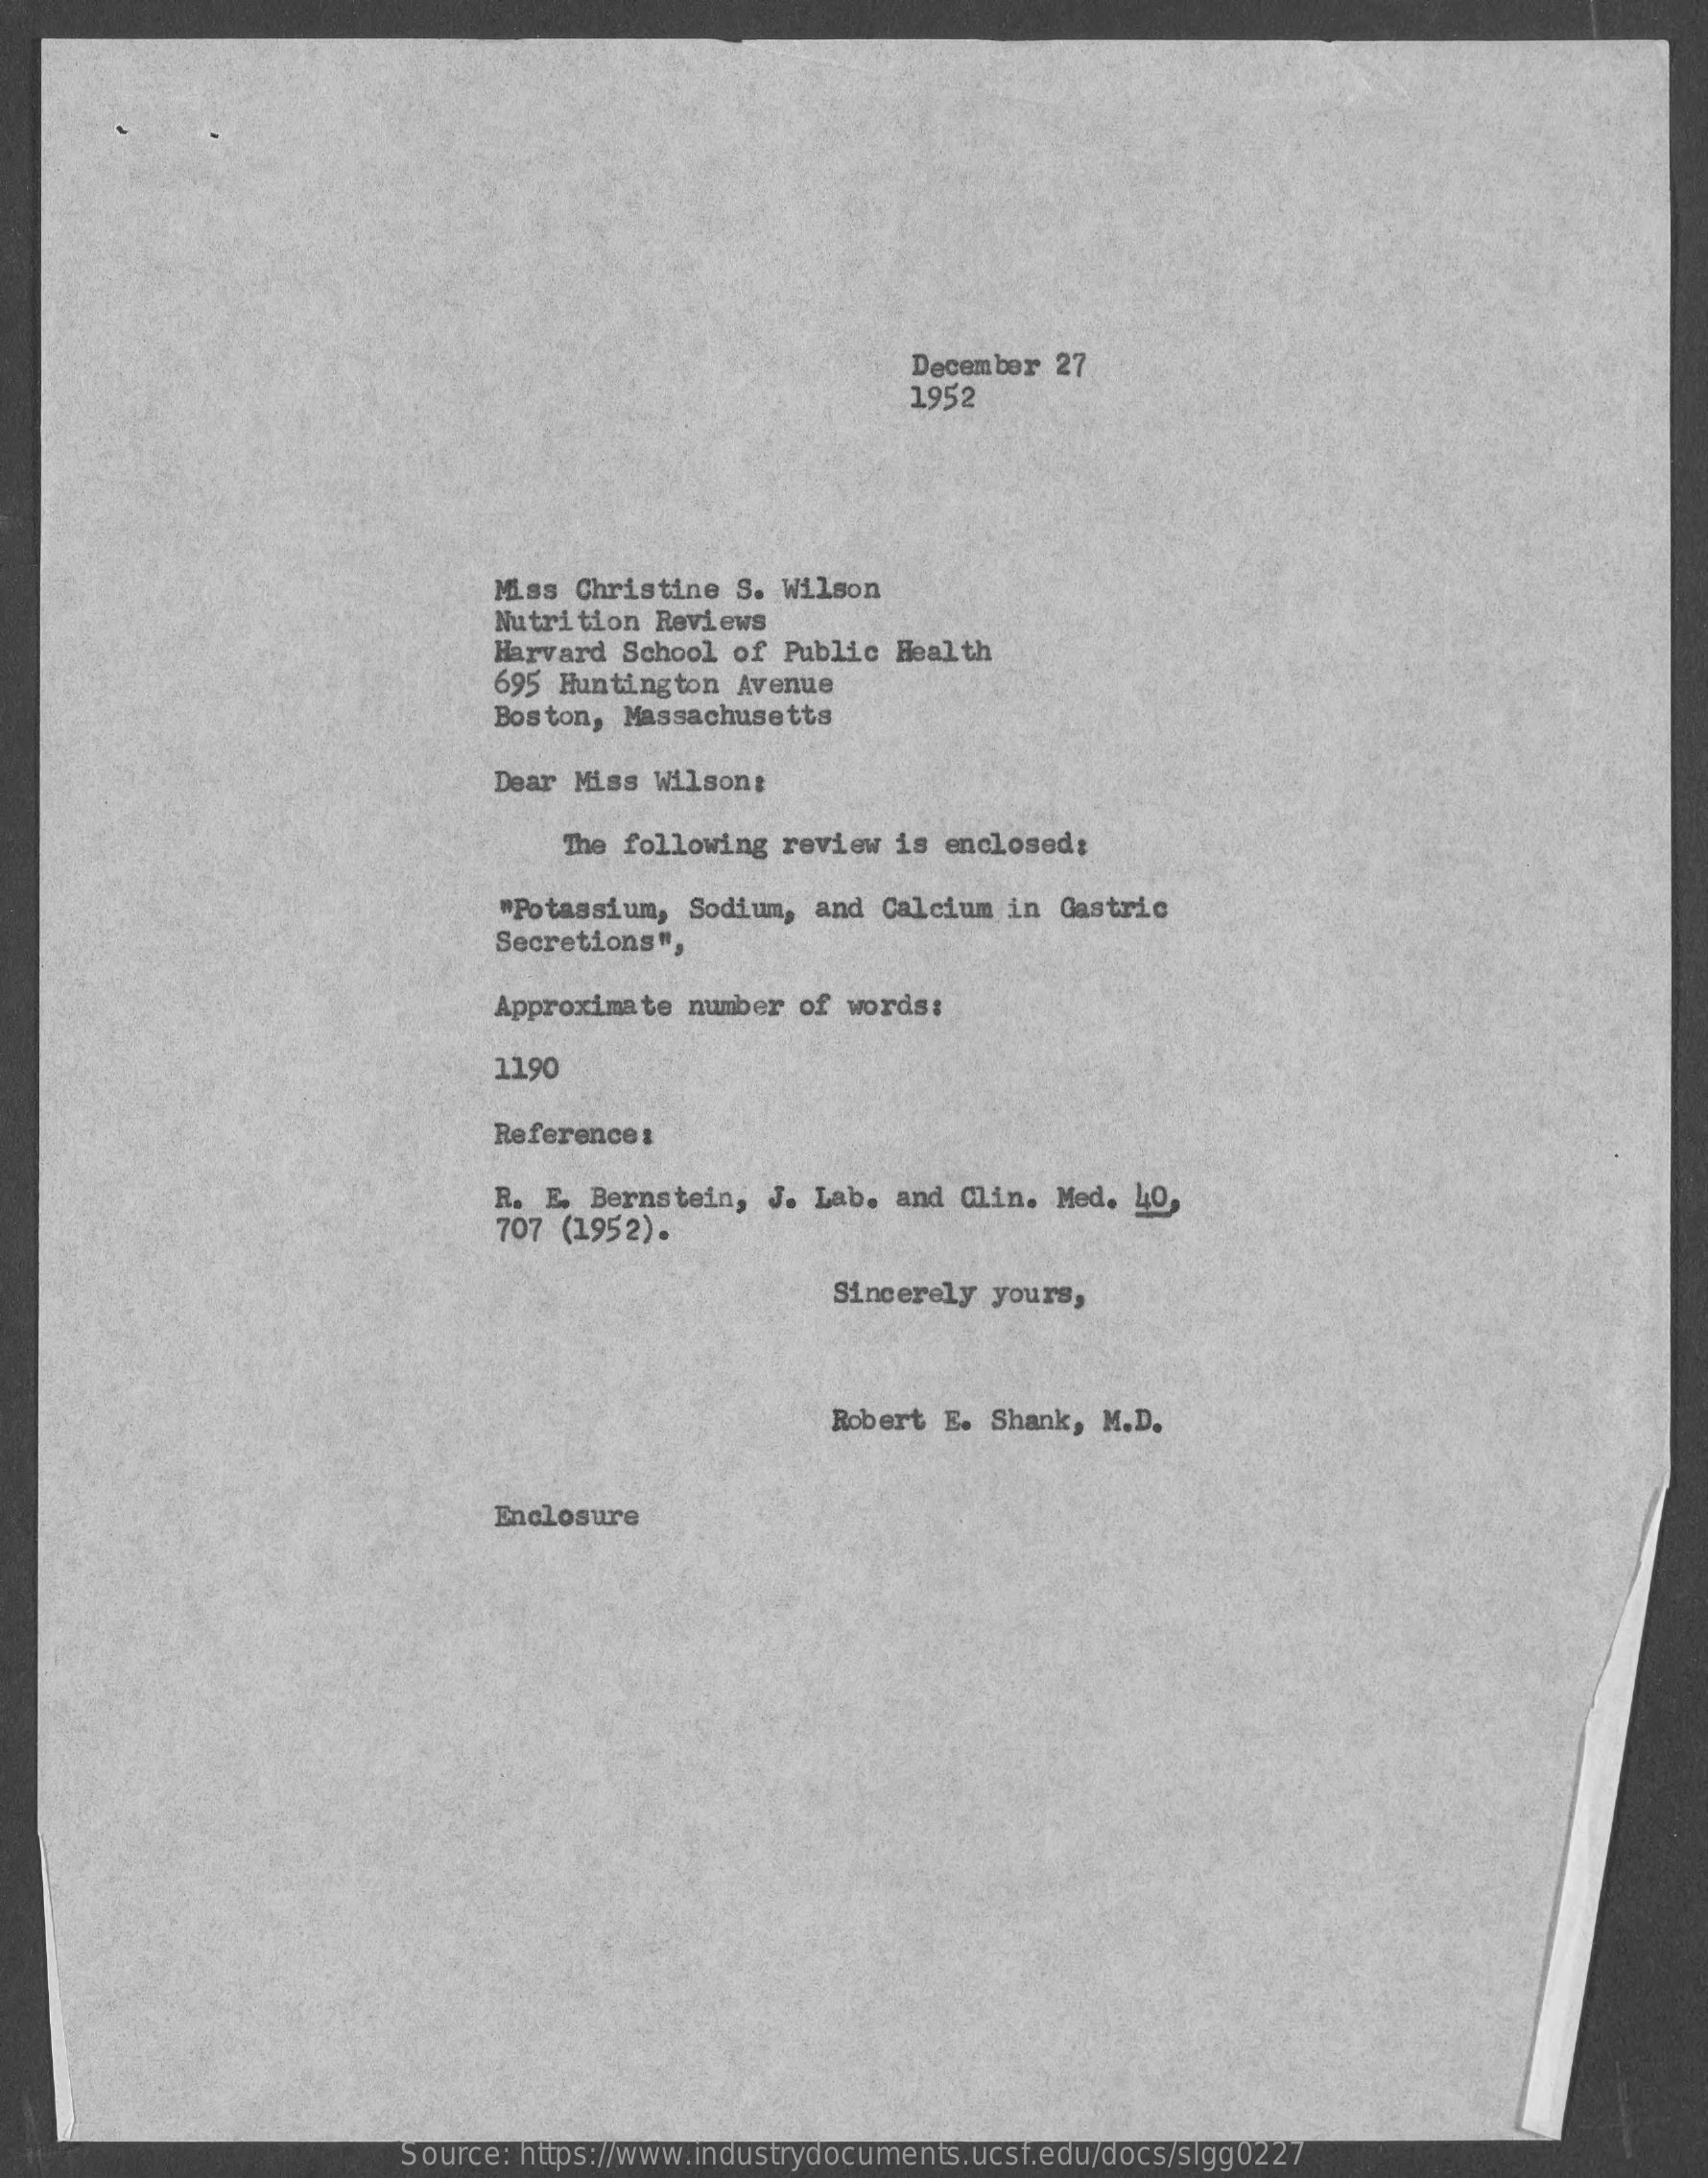
December 27
     1952
     Miss Christine  S. Wilson
     Nutrition  Reviews
     Harvard  School of Public Health
     695 Huntington Avenue
     Boston,  Massachusetts
     Dear Miss Wilson:
     The following review  is enclosed:
     "Potassium, Sodium, and  Calcium in Gastric
     Secretions",
     Approximate number of words:
     1190
     Reference:
     R. E. Bernstein, J. Lab. and  Clin. Med. 40,
     707 (1952).
     Sincerely yours,
     Robert  E. Shank, M.D.
     Enclosure
     Source: https://www.industrydocuments.ucsf.edu/docs/slgg0227